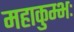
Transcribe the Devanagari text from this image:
महाकुम्भः